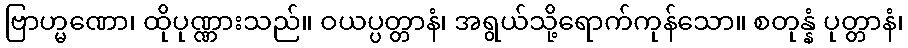
ဗြာဟ္မဏော၊ ထိုပုဏ္ဏားသည်။ ဝယပ္ပတ္တာနံ၊ အရွယ်သို့ရောက်ကုန်သော။ စတုန္နံ ပုတ္တာနံ၊